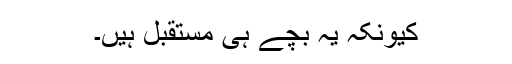
کیونکہ یہ بچے ہی مستقبل ہیں۔